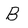
Character: B